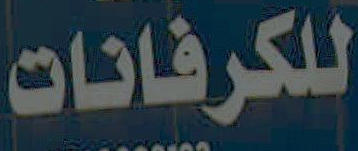
للكرفانات